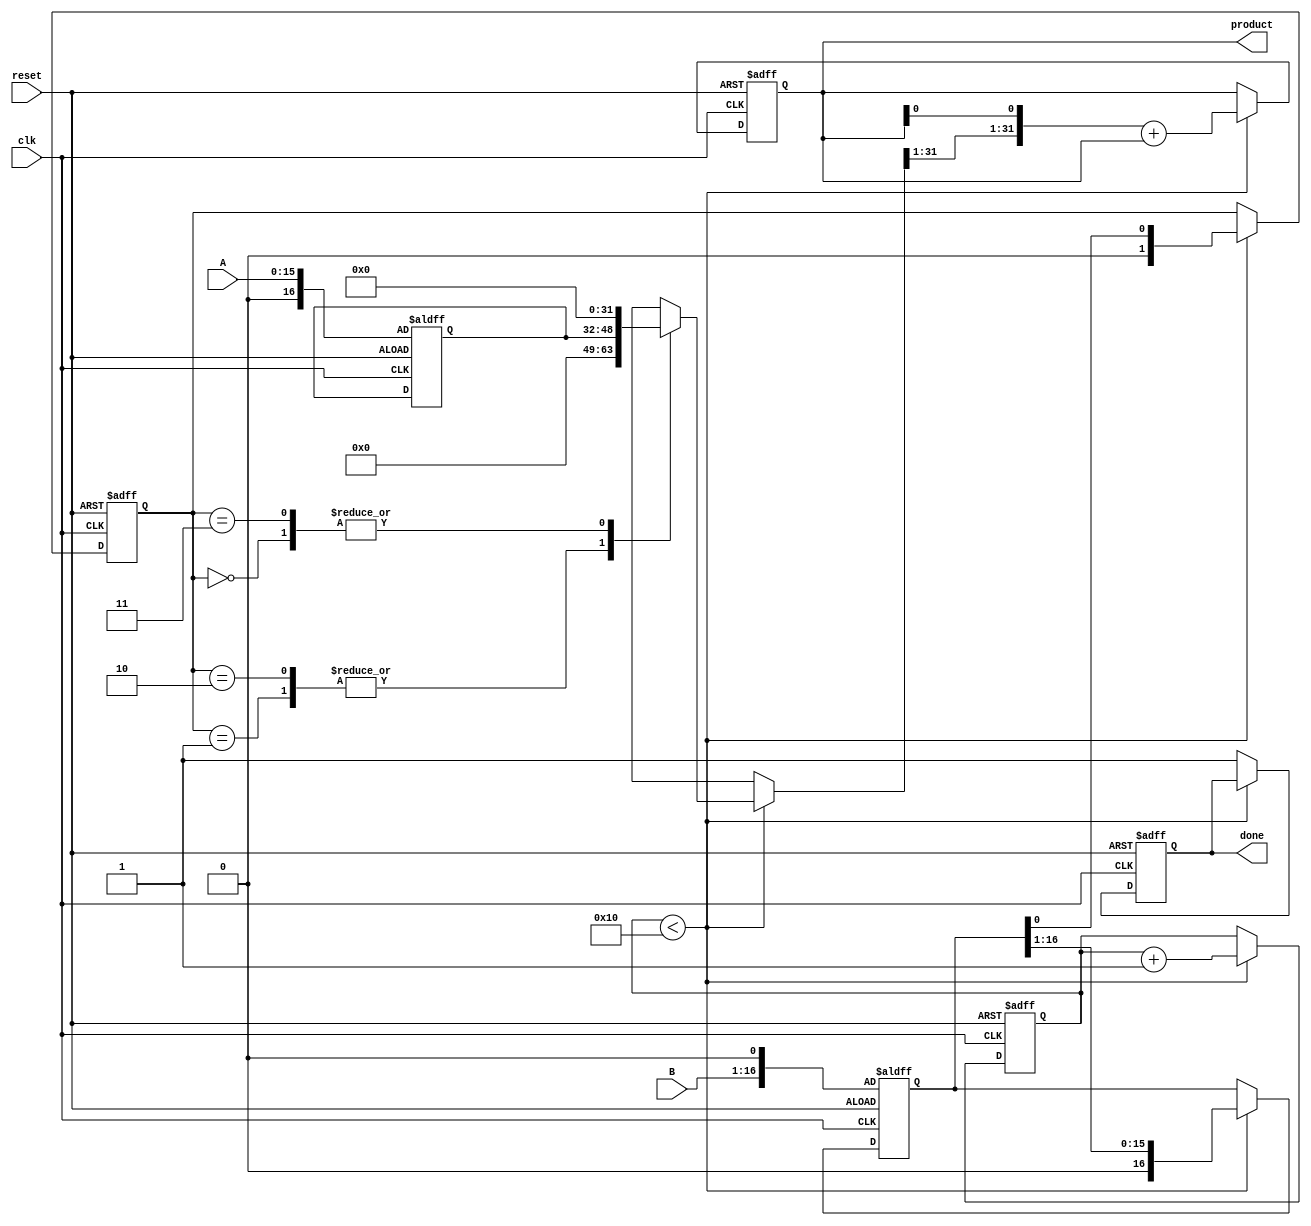
module modified_booth_multiplier (
    input wire clk,
    input wire reset,
    input wire signed [15:0] A, // Multiplicand
    input wire signed [15:0] B, // Multiplier
    output reg signed [31:0] product, // Final product
    output reg done // Completion signal
);

    reg [16:0] A_ext; // Extended A
    reg [16:0] B_ext; // Extended B
    reg [31:0] PP; // Partial product accumulator
    reg [3:0] count; // Counter for iterations
    reg [1:0] booth_code; // Booth code
    reg [1:0] prev_bit; // Previous bit for encoding

    // Booth encoding and partial product generation
    always @(posedge clk or posedge reset) begin
        if (reset) begin
            product <= 0;
            PP <= 0;
            count <= 0;
            done <= 0;
            A_ext <= {1'b0, A}; // Extend A to 17 bits
            B_ext <= {1'b0, B, 1'b0}; // Extend B to 17 bits with an extra LSB
            prev_bit <= 0;
        end else begin
            if (count < 16) begin
                // Booth encoding
                booth_code = {B_ext[1:0], prev_bit}; // Take 2 bits from B and previous bit
                prev_bit = B_ext[0]; // Update previous bit

                case (booth_code)
                    3'b000: PP = 0; // 00 -> 0
                    3'b001: PP = A_ext; // 01 -> +A
                    3'b010: PP = A_ext; // 01 -> +A
                    3'b011: PP = 0; // 11 -> 0
                    3'b100: PP = -A_ext; // 10 -> -A
                    3'b101: PP = -A_ext; // 10 -> -A
                    3'b110: PP = 0; // 11 -> 0
                    3'b111: PP = 0; // 11 -> 0
                endcase

                // Update product and shift
                product <= {PP[31:1], product[0]} + product; // Shift and add/subtract
                B_ext <= {1'b0, B_ext[16:1]}; // Shift B
                count <= count + 1;
            end else begin
                done <= 1; // Indicate completion
            end
        end
    end
endmodule